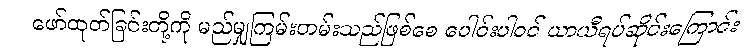
ဖော်ထုတ်ခြင်းတို့ကို မည်မျှကြမ်းတမ်းသည်ဖြစ်စေ ပေါင်းပါဝင် ယာယီရပ်ဆိုင်းကြောင်း